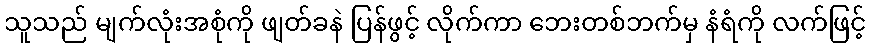
သူသည် မျက်လုံးအစုံကို ဖျတ်ခနဲ ပြန်ဖွင့် လိုက်ကာ ဘေးတစ်ဘက်မှ နံရံကို လက်ဖြင့်